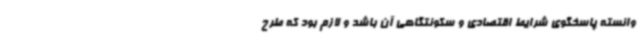
وانسته پاسخگوی شرایط اقتصادی و سکونتگاهی آن باشد و لازم بود که طرح